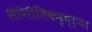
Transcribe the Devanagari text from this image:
सांगीतिकदृष्ट्या